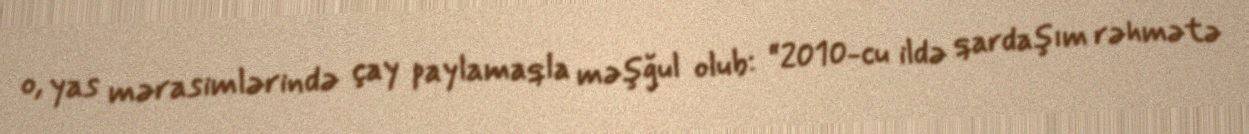
o, yas mərasimlərində çay paylamaqla məşğul olub: “2010-cu ildə qardaşım rəhmətə